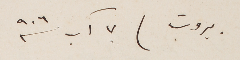
بيروت ٧ آب سنة ٩٠٦